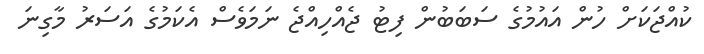
ކުއްޖަކަށް ހުން އައުމުގެ ސަބަބުން ފިޓު ޖެއްހިއްޖެ ނަމަވެސް އެކަމުގެ އަސަރު މާގިނަ